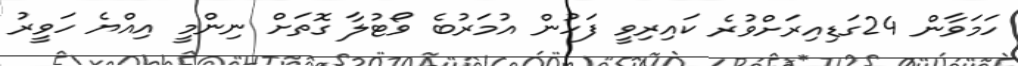
ހަމަވާން 24ގަޑިއިރަށްވުރެ ކައިރިވީ ފަހުން އުމަރުބެ ވޯޓުލާ ގޮތަށް ނިންމީ އިއްޔެ ހަވީރު